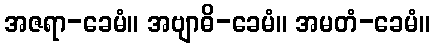
အဇရာ-ခေမံ။ အဗျာဓိ-ခေမံ။ အမတံ-ခေမံ။